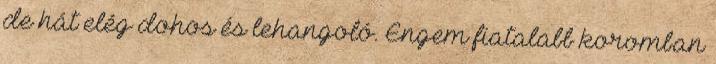
de hát elég dohos és lehangoló. Engem fiatalabb koromban